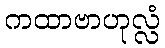
ကထာဗာဟုလ္လံ